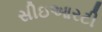
સીઇઆરટી